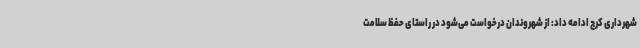
شهرداری کرج ادامه داد: از شهروندان درخواست می‌شود در راستای حفظ سلامت